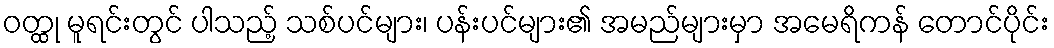
ဝတ္ထု မူရင်းတွင် ပါသည့် သစ်ပင်များ၊ ပန်းပင်များ၏ အမည်များမှာ အမေရိကန် တောင်ပိုင်း